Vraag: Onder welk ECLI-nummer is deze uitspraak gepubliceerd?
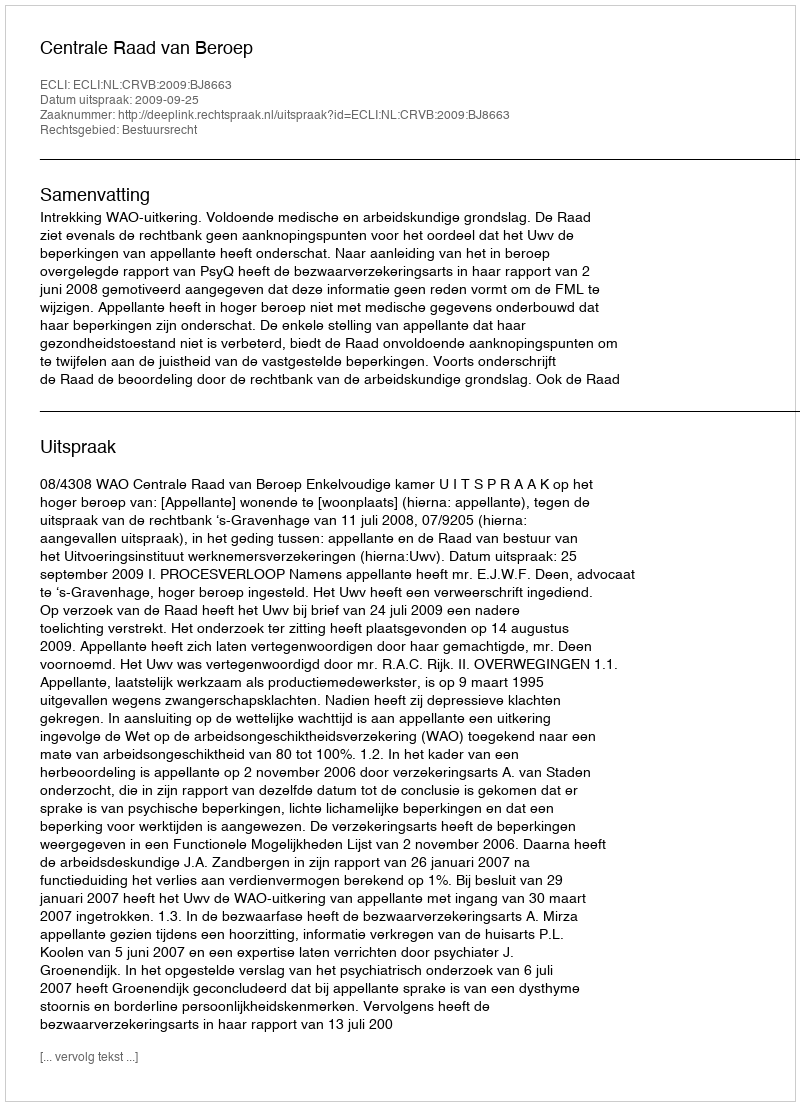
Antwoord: ECLI:NL:CRVB:2009:BJ8663